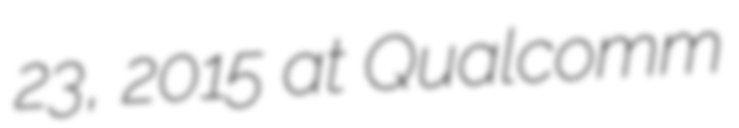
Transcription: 23, 2015 at Qualcomm